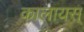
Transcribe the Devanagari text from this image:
कालायस्